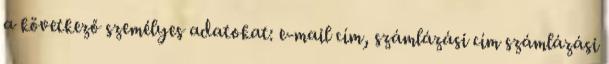
a következő személyes adatokat: e-mail cím, számlázási cím számlázási